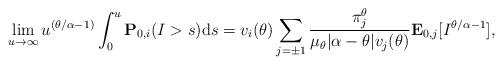
LaTeX: \begin{align*}\lim_{u\to\infty}u^{(\theta/\alpha-1 )}\int_{0}^{u}\mathbf{P}_{0,i}(I>s){\rm d}s=v_i(\theta)\sum_{j=\pm1} \frac{\pi_j^\theta}{\mu_{\theta}|\alpha-\theta|v_j(\theta)}\mathbf{E}_{0,j} [I^{\theta/\alpha-1} ],\end{align*}